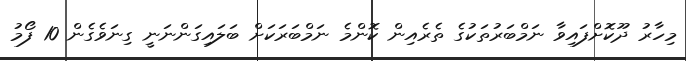
މިހާރު ދޫކޮށްފައިވާ ނަމްބަރުތަކުގެ ތެރެއިން ކޮންމެ ނަމްބަރަކަށް ބަލައިގަންނަނީ ގިނަވެގެން 10 ފޯމު